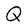
Character: Q